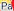
pa